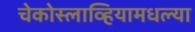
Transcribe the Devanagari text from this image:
चेकोस्लाव्हियामधल्या